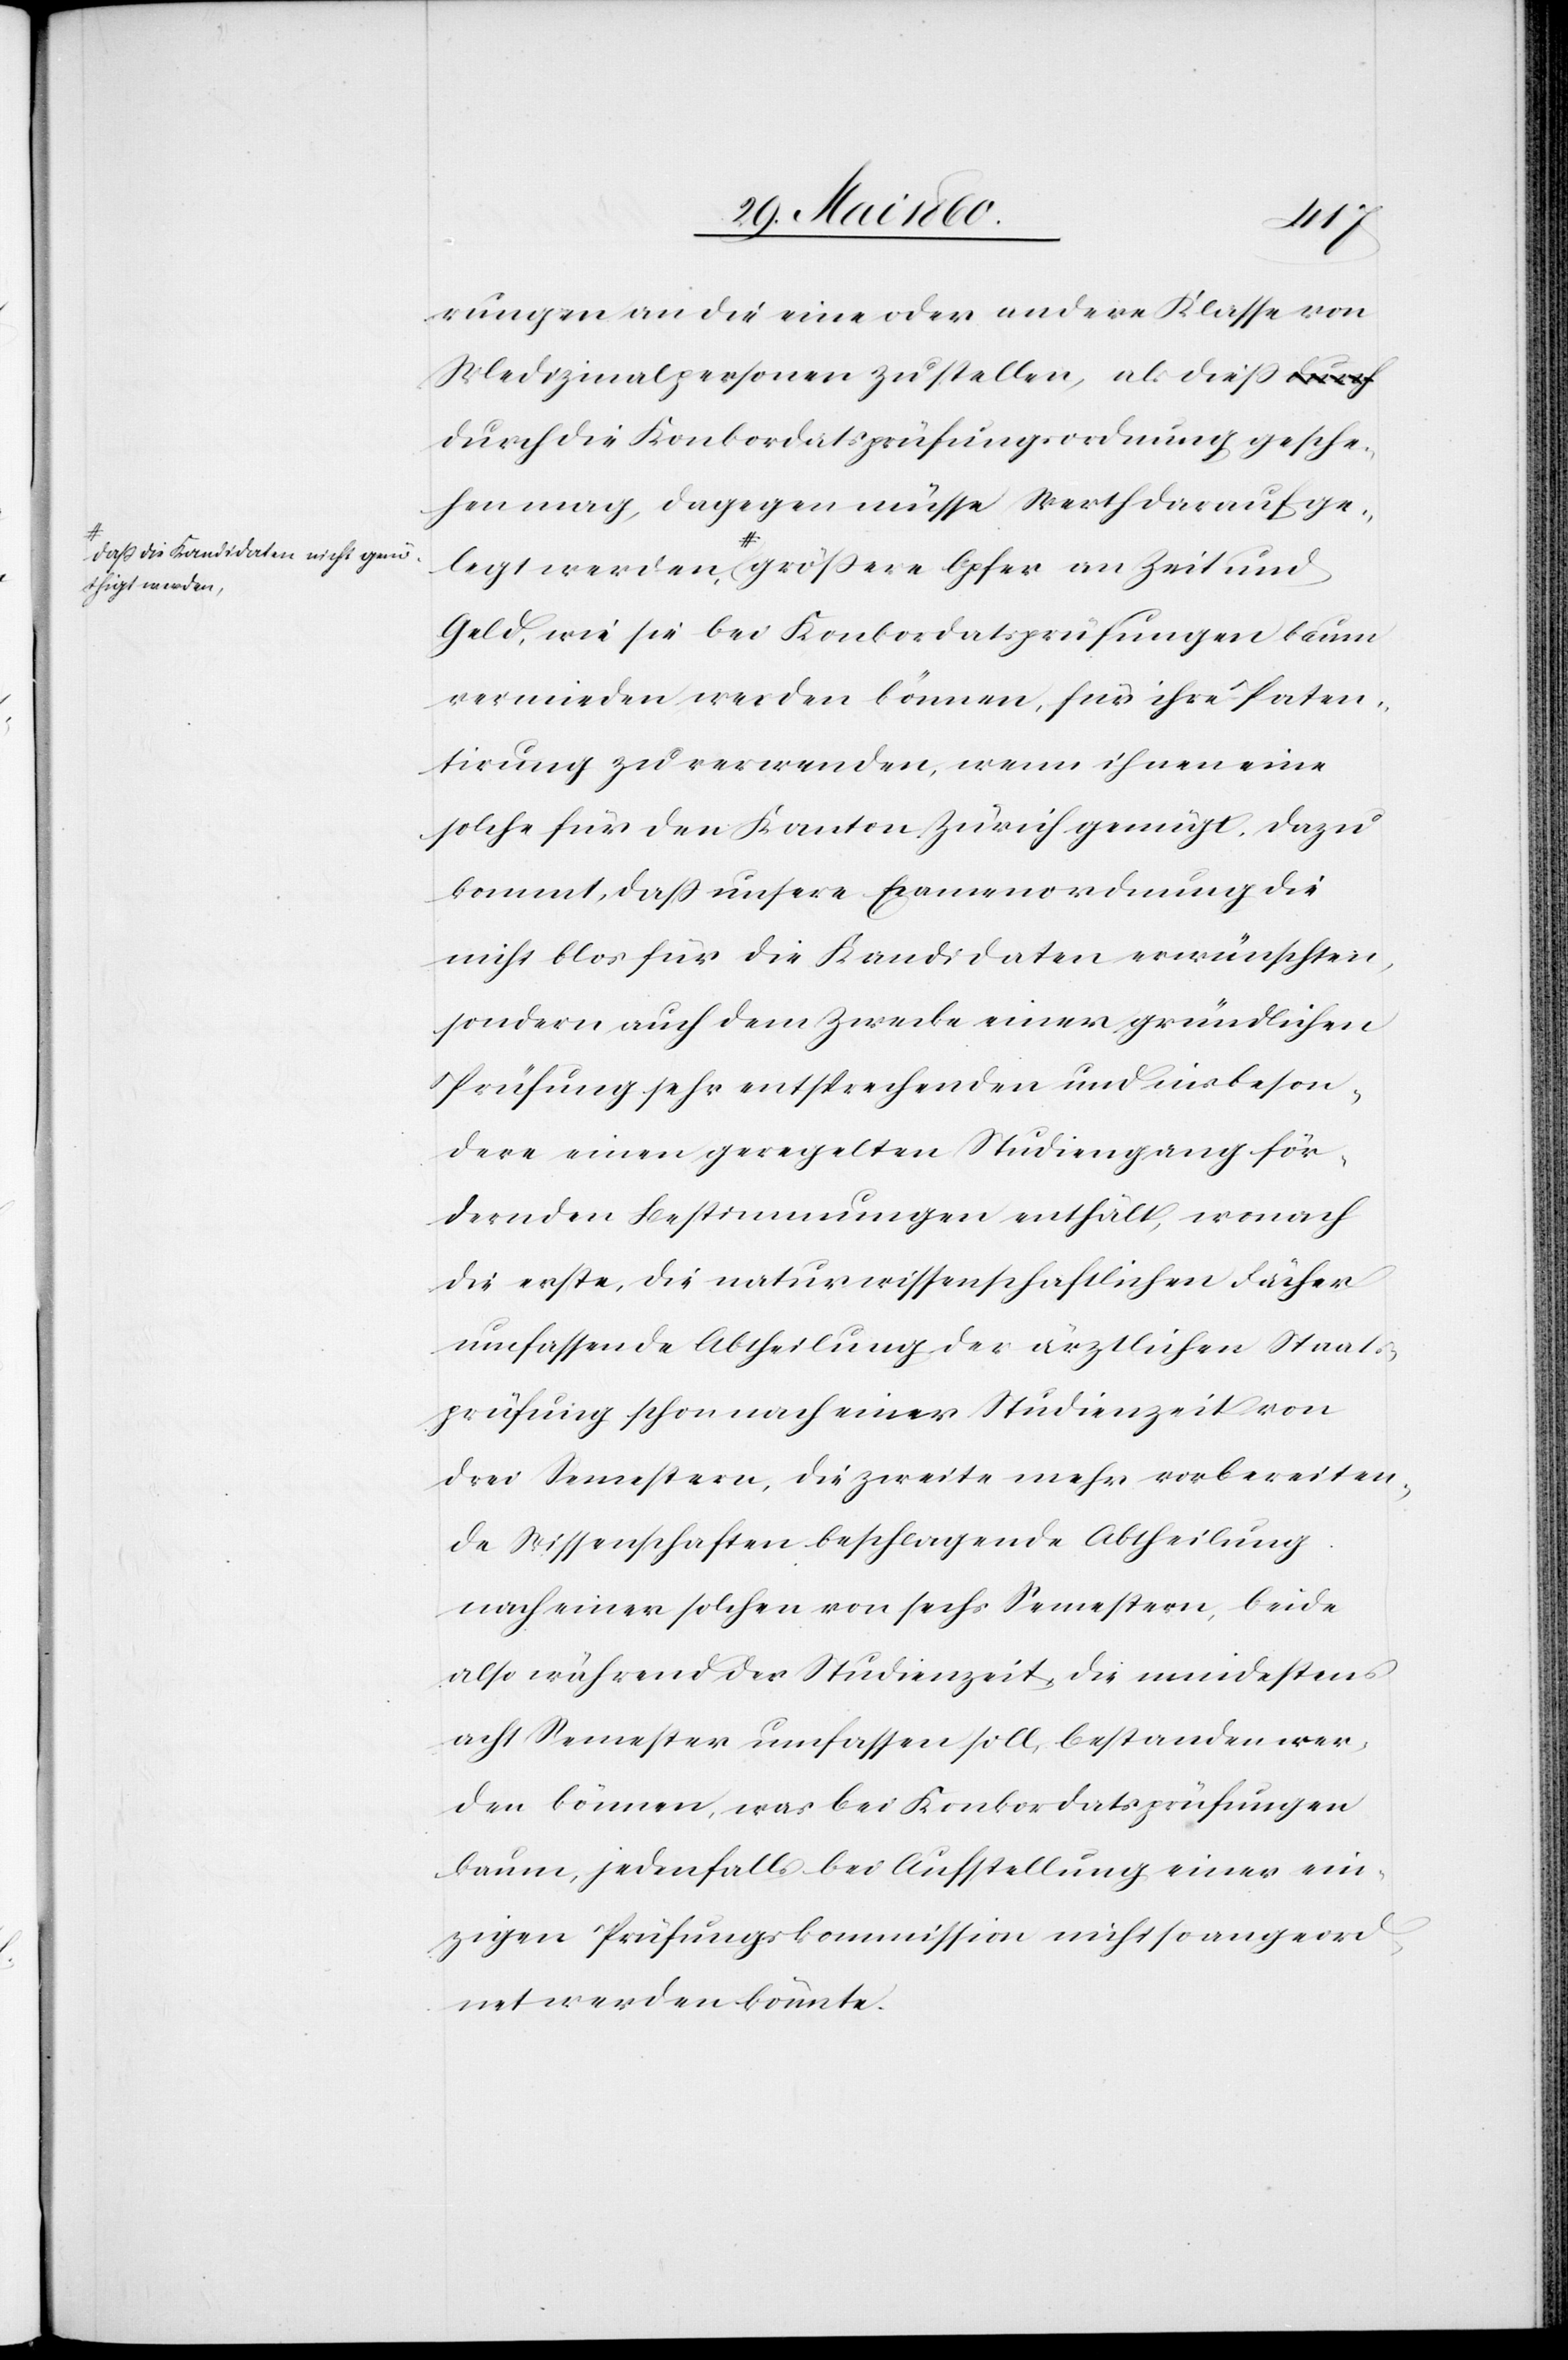
a-dass die Kandidaten nicht genöt¬
legt werden,

rungen an die eine oder andere Klasse von
Medizinalpersonen zu stellen, als diess
durch die Konkordatsprüfungsordnung gesche¬
hen mag, dagegen müsse Werth darauf ge¬
higt werden,-a grössere Opfer an Zeit und
Geld, wie sie bei Konkordatsprüfungen kaum
vermieden werden können, für ihre Paten¬
tirung zu verwenden, wenn ihnen eine
solche für den Kanton Zürich genügt. Dazu
kommt, dass unsere Examenordnung die
nicht blos für die Kandidaten erwünschten,
sondern auch dem Zwecke einer gründlichen
Prüfung sehr entsprechenden und ins beson¬
dere einen geregelten Studiengang för¬
dernden Bestimmungen enthält, wonach
die erste, die naturwissenschaftlichen Fächer
umfassende Abtheilung der ärztlichen Staats¬
prüfung schon nach einer Studienzeit von
drei Semestern, die zweite mehr vorbereiten¬
de Wissenschaften beschlagende Abtheilung
nach einer solchen von sechs Semestern, beide
also während der Studienzeit, die mindestens
acht Semester umfassen soll, bestanden wer¬
den können, was bei Konkordatsprüfungen
kaum, jedenfalls bei Aufstellung einer ein¬
zigen Prüfungskommission nicht so angeord¬
net werden könnte.